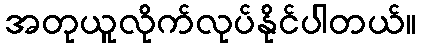
အတုယူလိုက်လုပ်နိုင်ပါတယ်။